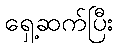
ရှေ့ဆက်ပြီး